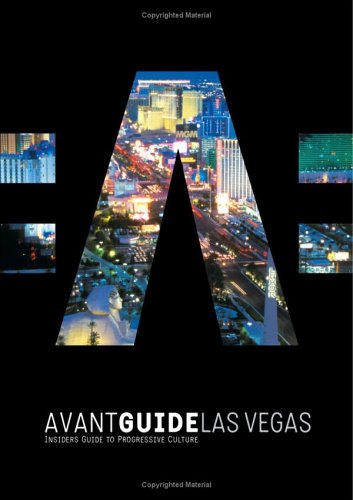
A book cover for Avant-Guide Las Vegas: Insiders' Guide to Progressive Culture (Avant Guides); Travel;